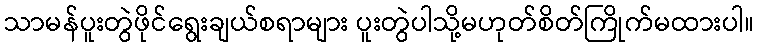
သာမန်ပူးတွဲဖိုင်ရွေးချယ်စရာများ ပူးတွဲပါသို့မဟုတ်စိတ်ကြိုက်မထားပါ။